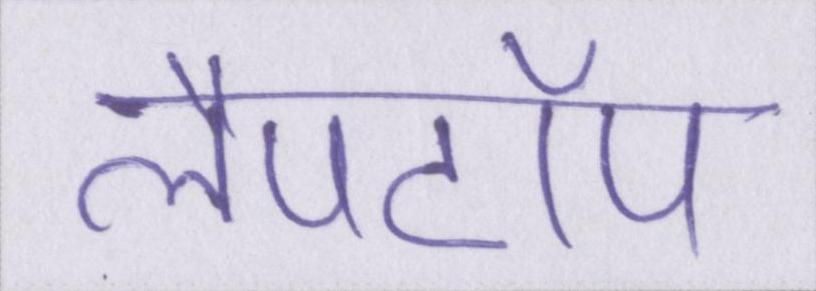
लैपटॉप